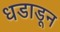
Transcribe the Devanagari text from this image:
धडाडून